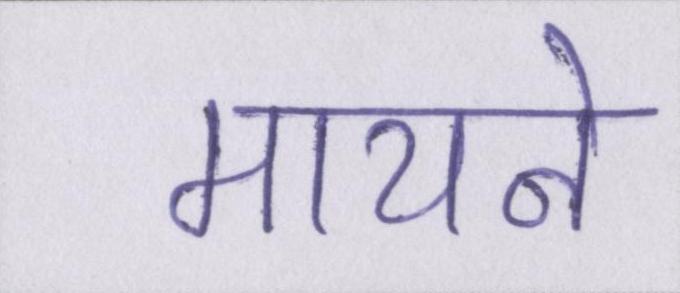
मायने